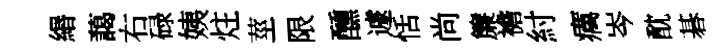
緡藹右碌姨炷莖限醺遽恬尚簾襜紂癘岑酖碁